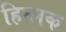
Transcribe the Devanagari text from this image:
हित्लक